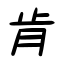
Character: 肯